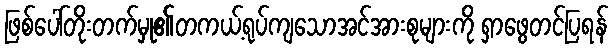
ဖြစ်ပေါ်တိုးတက်မှု၏တကယ့်ရုပ်ကျသောအင်အားစုများကို ရှာဖွေတင်ပြရန်